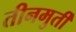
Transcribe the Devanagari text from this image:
तीनमुर्ती